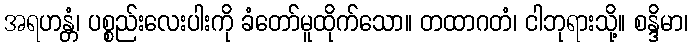
အရဟန္တံ၊ ပစ္စည်းလေးပါးကို ခံတော်မူထိုက်သော။ တထာဂတံ၊ ငါဘုရားသို့။ စန္ဒိမာ၊